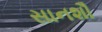
સાનશૌ